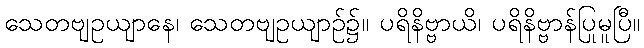
သေတဗျဥယျာနေ၊ သေတဗျဥယျာဉ်၌။ ပရိနိဗ္ဗာယိ၊ ပရိနိဗ္ဗာန်ပြုမူပြီ။